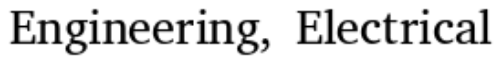
Engineering, Electrical